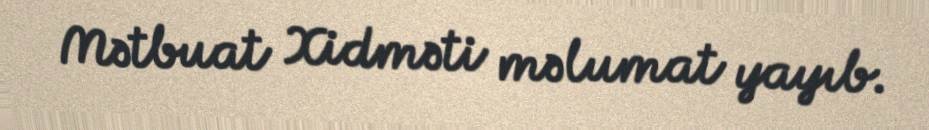
Mətbuat Xidməti məlumat yayıb.